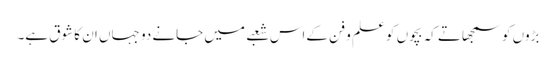
بڑوں کو سمجھاتے کہ بچوں کو علم و فن کےاس شعبے میں جانے دو جہاں ان کا شوق ہے۔